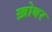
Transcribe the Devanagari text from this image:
ख़ोबर